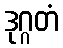
ဒုဂ္ဂတံ